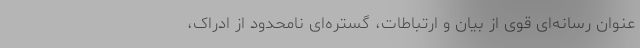
عنوان رسانه‌ای قوی از بیان و ارتباطات، گستره‌ای نامحدود از ادراک،